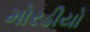
મોરડીયો